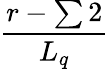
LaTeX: \frac{r-\sum 2}{L_{q}}